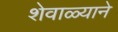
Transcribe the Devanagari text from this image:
शेवाळ्याने